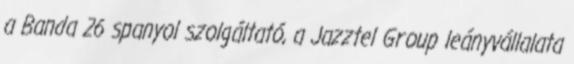
a Banda 26 spanyol szolgáltató, a Jazztel Group leányvállalata